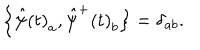
\left\{ \hat { \psi } \left( t \right) _ { a } , \hat { \psi } ^ { + } \left( t \right) _ { b } \right\} = \delta _ { a b } .